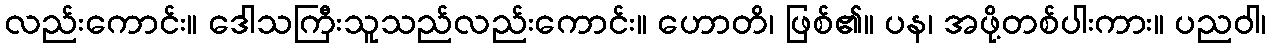
လည်းကောင်း။ ဒေါသကြီးသူသည်လည်းကောင်း။ ဟောတိ၊ ဖြစ်၏။ ပန၊ အဖို့တစ်ပါးကား။ ပညဝါ၊